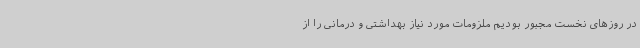
در روزهای نخست مجبور بودیم ملزومات مورد نیاز بهداشتی و درمانی را از